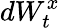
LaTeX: dW_{t}^{x}